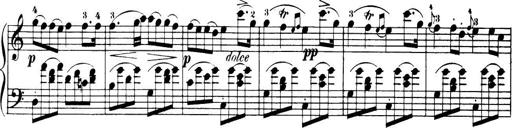
Title: 32 Sonatinas and Rondos for the Piano
Composer: Richard Kleinmichel